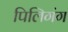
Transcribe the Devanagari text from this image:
पिलिगंग